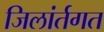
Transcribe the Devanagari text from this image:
जिलांर्तगत